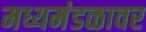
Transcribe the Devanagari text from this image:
मध्यमंडळावर